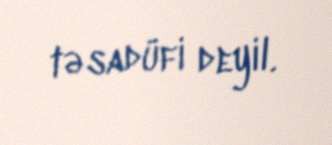
təsadüfi deyil.